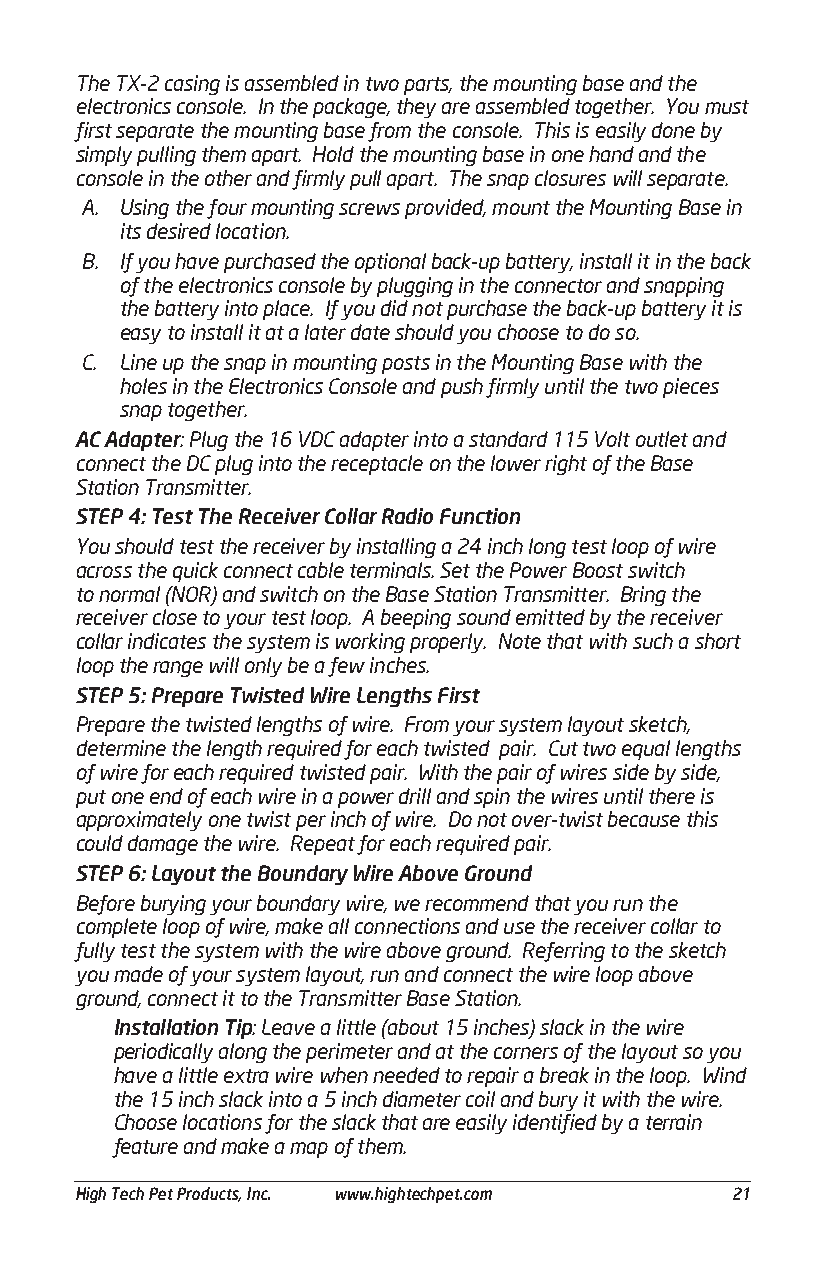
The TX-2 casing is assembled in two parts, the mounting base and the
 electronics console. In the package, they are assembled together. You must
 first separate the mounting base from the console. This is easily done by
 simply pulling them apart. Hold the mounting base in one hand and the
 console in the other and firmly pull apart. The snap closures will separate.
 A. Using the four mounting screws provided, mount the Mounting Base in
 its desired location.
 B. If you have purchased the optional back-up battery, install it in the back
 of the electronics console by plugging in the connector and snapping
 the battery into place. If you did not purchase the back-up battery it is
 easy to install it at a later date should you choose to do so.
 C. Line up the snap in mounting posts in the Mounting Base with the
 holes in the Electronics Console and push firmly until the two pieces
 snap together.
 AC Adapter: Plug the 16 VDC adapter into a standard 115 Volt outlet and
 connect the DC plug into the receptacle on the lower right of the Base
 Station Transmitter.
 STEP 4: Test The Receiver Collar Radio Function
 You should test the receiver by installing a 24 inch long test loop of wire
 across the quick connect cable terminals. Set the Power Boost switch
 to normal (NOR) and switch on the Base Station Transmitter. Bring the
 receiver close to your test loop. A beeping sound emitted by the receiver
 collar indicates the system is working properly. Note that with such a short
 loop the range will only be a few inches.
 STEP 5: Prepare Twisted Wire Lengths First
 Prepare the twisted lengths of wire. From your system layout sketch,
 determine the length required for each twisted pair. Cut two equal lengths
 of wire for each required twisted pair. With the pair of wires side by side,
 put one end of each wire in a power drill and spin the wires until there is
 approximately one twist per inch of wire. Do not over-twist because this
 could damage the wire. Repeat for each required pair.
 STEP 6: Layout the Boundary Wire Above Ground
 Before burying your boundary wire, we recommend that you run the
 complete loop of wire, make all connections and use the receiver collar to
 fully test the system with the wire above ground. Referring to the sketch
 you made of your system layout, run and connect the wire loop above
 ground, connect it to the Transmitter Base Station.
 Installation Tip: Leave a little (about 15 inches) slack in the wire
 periodically along the perimeter and at the corners of the layout so you
 have a little extra wire when needed to repair a break in the loop. Wind
 the 15 inch slack into a 5 inch diameter coil and bury it with the wire.
 Choose locations for the slack that are easily identified by a terrain
 feature and make a map of them.
 ___________________________________________________________________________________________
 High Tech Pet Products, Inc. www.hightechpet.com 21